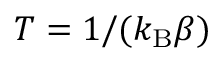
T = 1 / ( k _ { \mathrm { B } } \beta )